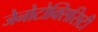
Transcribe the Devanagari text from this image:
जेनोटोक्सिसिटी